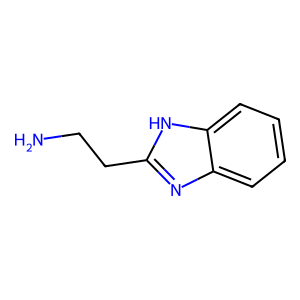
SMILES: NCCc1nc2ccccc2[nH]1
Inhibits HIV replication: No